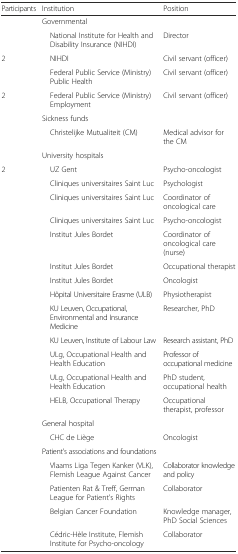
<table><thead><tr><td><b>Participants</b></td><td><b>Institution</b></td><td><b>Position</b></td></tr></thead><tbody><tr><td></td><td>Governmental</td><td></td></tr><tr><td></td><td> National Institute for Health and Disability Insurance (NIHDI)</td><td>Director</td></tr><tr><td>2</td><td> NIHDI</td><td>Civil servant (officer)</td></tr><tr><td></td><td> Federal Public Service (Ministry) Public Health</td><td>Civil servant (officer)</td></tr><tr><td>2</td><td> Federal Public Service (Ministry) Employment</td><td>Civil servant (officer)</td></tr><tr><td></td><td>Sickness funds</td><td></td></tr><tr><td></td><td> Christelijke Mutualiteit (CM)</td><td>Medical advisor for the CM</td></tr><tr><td></td><td>University hospitals</td><td></td></tr><tr><td>2</td><td> UZ Gent</td><td>Psycho-oncologist</td></tr><tr><td></td><td> Cliniques universitaires Saint Luc</td><td>Psychologist</td></tr><tr><td></td><td> Cliniques universitaires Saint Luc</td><td>Coordinator of oncological care</td></tr><tr><td></td><td> Cliniques universitaires Saint Luc</td><td>Psycho-oncologist</td></tr><tr><td></td><td> Institut Jules Bordet</td><td>Coordinator of oncological care (nurse)</td></tr><tr><td></td><td> Institut Jules Bordet</td><td>Occupational therapist</td></tr><tr><td></td><td> Institut Jules Bordet</td><td>Oncologist</td></tr><tr><td></td><td> Hôpital Universitaire Erasme (ULB)</td><td>Physiotherapist</td></tr><tr><td></td><td> KU Leuven, Occupational, Environmental and Insurance Medicine</td><td>Researcher, PhD</td></tr><tr><td></td><td> KU Leuven, Institute of Labour Law</td><td>Research assistant, PhD</td></tr><tr><td></td><td> ULg, Occupational Health and Health Education</td><td>Professor of occupational medicine</td></tr><tr><td></td><td> ULg, Occupational Health and Health Education</td><td>PhD student, occupational health</td></tr><tr><td></td><td> HELB, Occupational Therapy</td><td>Occupational therapist, professor</td></tr><tr><td></td><td>General hospital</td><td></td></tr><tr><td></td><td> CHC de Liège</td><td>Oncologist</td></tr><tr><td></td><td>Patient’s associations and foundations</td><td></td></tr><tr><td></td><td> Vlaams Liga Tegen Kanker (VLK), Flemish League Against Cancer</td><td>Collaborator knowledge and policy</td></tr><tr><td></td><td> Patienten Rat &amp; Treff, German League for Patient’s Rights</td><td>Collaborator</td></tr><tr><td></td><td> Belgian Cancer Foundation</td><td>Knowledge manager, PhD Social Sciences</td></tr><tr><td></td><td> Cédric-Hèle Institute, Flemish Institute for Psycho-oncology</td><td>Collaborator</td></tr></tbody></table>